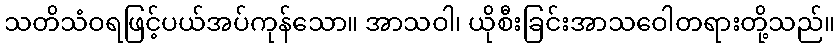
သတိသံဝရဖြင့်ပယ်အပ်ကုန်သော။ အာသဝါ၊ ယိုစီးခြင်းအာသဝေါတရားတို့သည်။